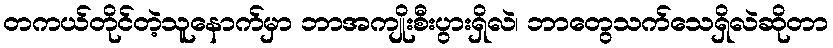
တကယ်တိုင်တဲ့သူနောက်မှာ ဘာအကျိုးစီးပွားရှိလဲ၊ ဘာတွေသက်သေရှိလဲဆိုတာ